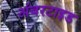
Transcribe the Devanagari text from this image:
अंबरटाइड